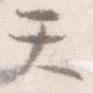
て